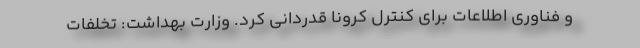
و فناوری اطلاعات برای کنترل کرونا قدردانی کرد. وزارت بهداشت: تخلفات